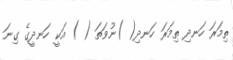
ތިމަރަ ހަނދި ތިމަރަ ހަނދި( )ނުވަތަ ( ) އަކީ ހަނދީގެ ގިނަ